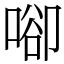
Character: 𠶸